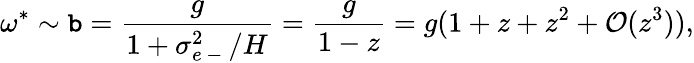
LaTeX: \omega^{\ast}\sim\mathtt{b}=\frac{{g}}{{1+\sigma_{e\mathrm{{~-~}}}^{2}/H}}=\frac{{g}}{{1-z}}=g(1+z+z^{2}+\mathcal{O}(z^{3})),